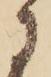
に